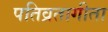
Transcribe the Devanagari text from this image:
पतिव्रतागीता